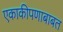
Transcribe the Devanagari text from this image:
एकाकीपणाबाबत